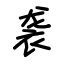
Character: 袭